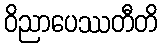
ဝိညာပေဿတီတိ